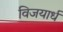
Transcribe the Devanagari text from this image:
विजयार्ध